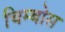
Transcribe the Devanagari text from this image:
चिम्बोस